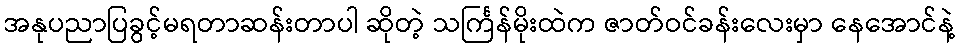
အနုပညာပြခွင့်မရတာဆန်းတာပါ ဆိုတဲ့ သင်္ကြန်မိုးထဲက ဇာတ်ဝင်ခန်းလေးမှာ နေအောင်နဲ့